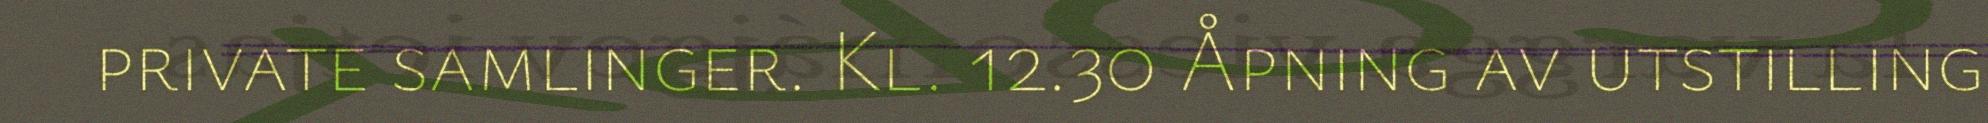
private samlinger. Kl. 12.30 Åpning av utstilling